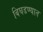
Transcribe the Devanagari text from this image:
बिघडण्यात